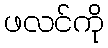
ဖလင်ကို